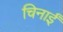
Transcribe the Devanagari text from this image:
चिनाईं